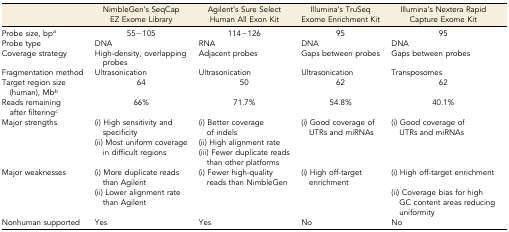
<table><thead><tr><td></td><td><b>NimbleGen’s SeqCap EZ Exome Library</b></td><td><b>Agilent’s Sure Select Human All Exon Kit</b></td><td><b>Illumina’s TruSeq Exome Enrichment Kit</b></td><td><b>Illumina’s Nextera Rapid Capture Exome Kit</b></td></tr></thead><tbody><tr><td>Probe size, bp<i><sup>a</sup></i></td><td>55−105 </td><td>114−126 </td><td>95</td><td>95</td></tr><tr><td>Probe type</td><td>DNA</td><td>RNA</td><td>DNA</td><td>DNA</td></tr><tr><td>Coverage strategy</td><td>High-density, overlapping probes</td><td>Adjacent probes</td><td>Gaps between probes</td><td>Gaps between probes</td></tr><tr><td>Fragmentation method</td><td>Ultrasonication</td><td>Ultrasonication</td><td>Ultrasonication</td><td>Transposomes</td></tr><tr><td>Target region size (human), Mb<i><sup>b</sup></i></td><td>64</td><td>50</td><td>62</td><td>62</td></tr><tr><td>Reads remaining after filtering<i><sup>c</sup></i></td><td>66%</td><td>71.7%</td><td>54.8%</td><td>40.1%</td></tr><tr><td rowspan="3">Major strengths</td><td>(i) High sensitivity and specificity</td><td>(i) Better coverage of indels</td><td rowspan="3">(i) Good coverage of UTRs and miRNAs</td><td rowspan="3">(i) Good coverage of UTRs and miRNAs</td></tr><tr><td rowspan="2">(ii) Most uniform coverage in difficult regions</td><td>(ii) High alignment rate</td></tr><tr><td>(iii) Fewer duplicate reads than other platforms</td></tr><tr><td rowspan="2">Major weaknesses</td><td>(i) More duplicate reads than Agilent</td><td rowspan="2">(i) Fewer high-quality reads than NimbleGen</td><td rowspan="2">(i) High off-target enrichment</td><td>(i) High off-target enrichment</td></tr><tr><td>(ii) Lower alignment rate than Agilent</td><td>(ii) Coverage bias for high GC content areas reducing uniformity</td></tr><tr><td>Nonhuman supported</td><td>Yes</td><td>Yes</td><td>No</td><td>No</td></tr></tbody></table>